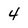
Character: 4